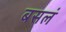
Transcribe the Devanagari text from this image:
बसलं